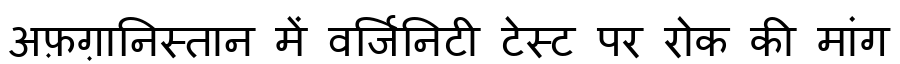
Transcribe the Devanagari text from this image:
अफ़ग़ानिस्तान में वर्जिनिटी टेस्ट पर रोक की मांग